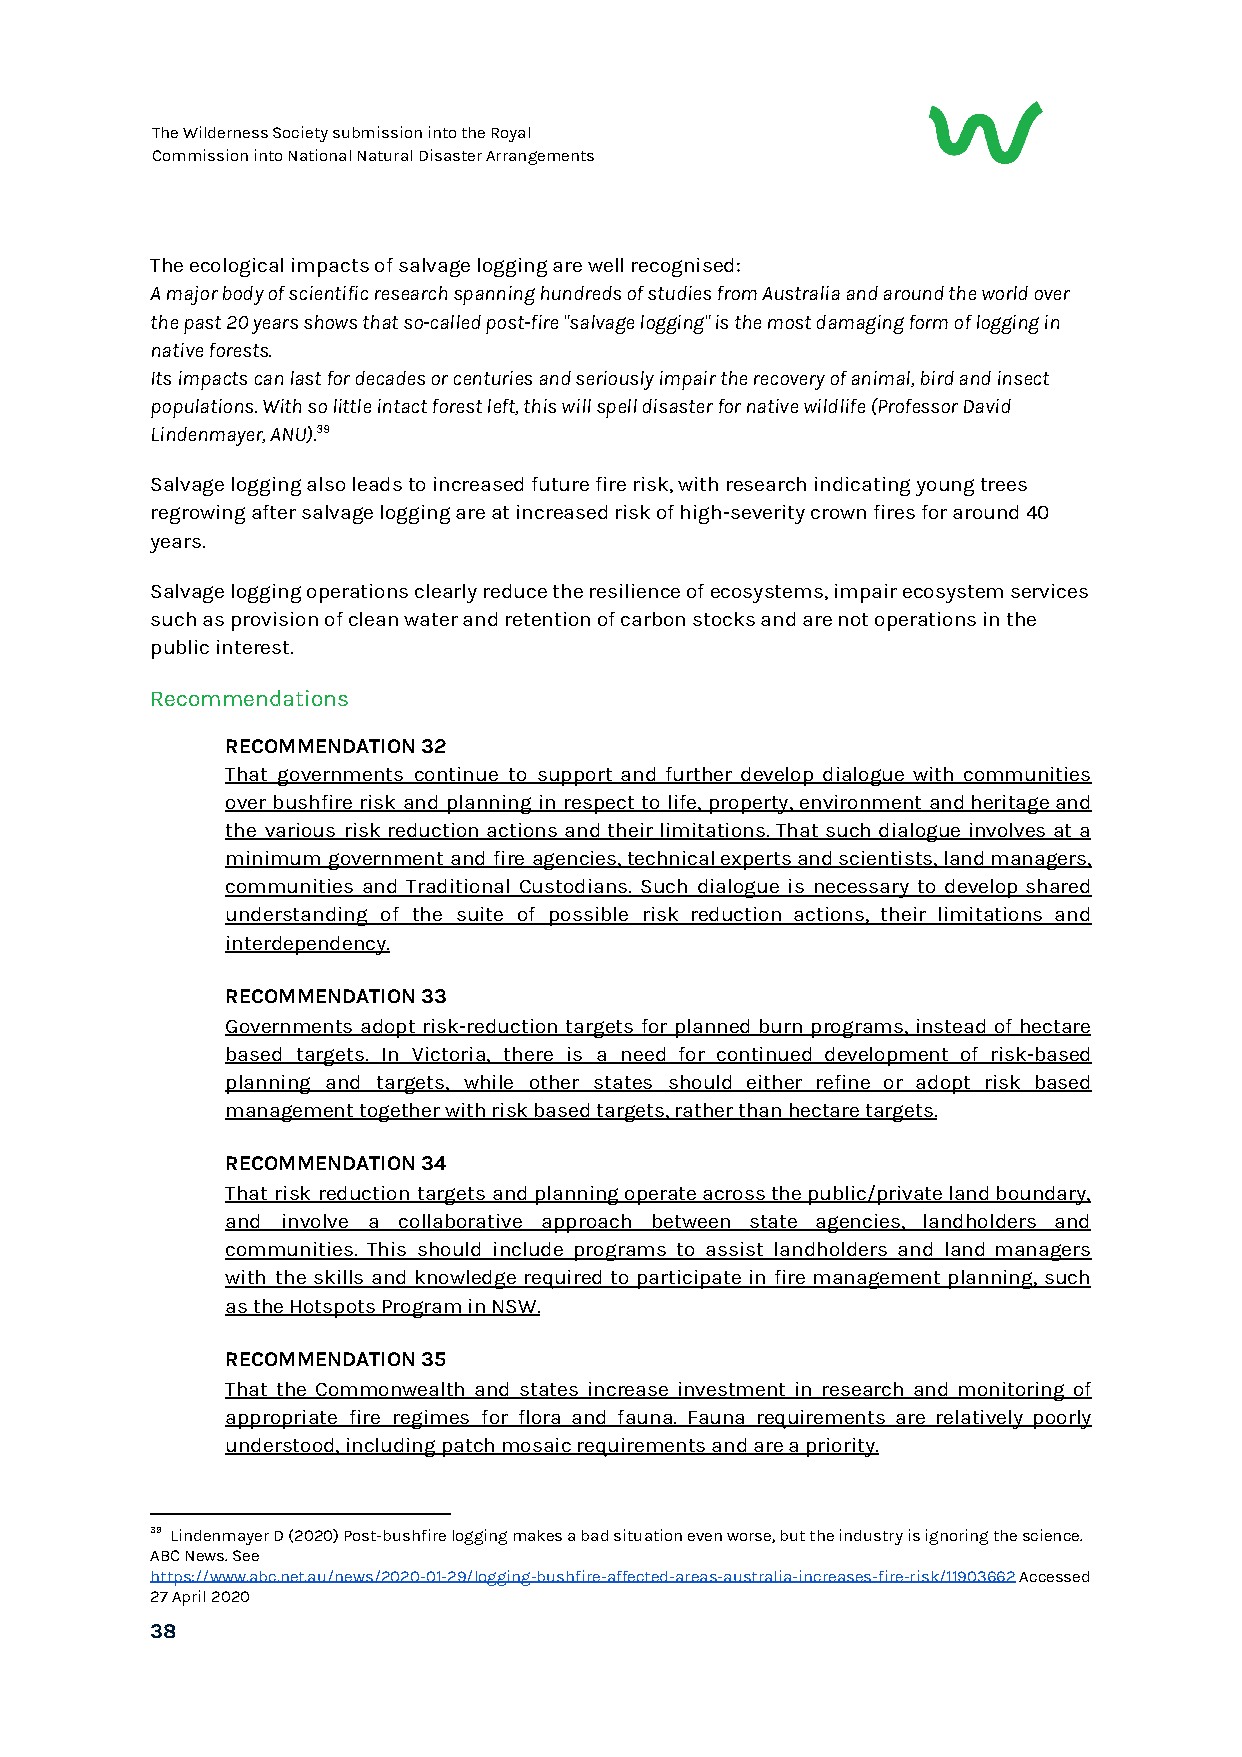
The Wilderness Society submission into the Royal
 Commission into National Natural Disaster Arrangements
 The ecological impacts of salvage logging are well recognised:
 A major body of scientific research spanning hundreds of studies from Australia and around the world over
 the past 20 years shows that so-called post-fire "salvage logging" is the most damaging form of logging in
 native forests.
 Its impacts can last for decades or centuries and seriously impair the recovery of animal, bird and insect
 populations. With so little intact forest left, this will spell disaster for native wildlife (Professor David
 Lindenmayer, ANU).39
 Salvage logging also leads to increased future fire risk, with research indicating young trees
 regrowing after salvage logging are at increased risk of high-severity crown fires for around 40
 years.
 Salvage logging operations clearly reduce the resilience of ecosystems, impair ecosystem services
 such as provision of clean water and retention of carbon stocks and are not operations in the
 public interest.
 Recommendations
 RECOMMENDATION 32
 That governments continue to support and further develop dialogue with communities
 over bushfire risk and planning in respect to life, property, environment and heritage and
 the various risk reduction actions and their limitations. That such dialogue involves at a
 minimum government and fire agencies, technical experts and scientists, land managers,
 communities and Traditional Custodians. Such dialogue is necessary to develop shared
 understanding of the suite of possible risk reduction actions, their limitations and
 interdependency.
 RECOMMENDATION 33
 Governments adopt risk-reduction targets for planned burn programs, instead of hectare
 based targets. In Victoria, there is a need for continued development of risk-based
 planning and targets, while other states should either refine or adopt risk based
 management together with risk based targets, rather than hectare targets.
 RECOMMENDATION 34
 That risk reduction targets and planning operate across the public/private land boundary,
 and involve a collaborative approach between state agencies, landholders and
 communities. This should include programs to assist landholders and land managers
 with the skills and knowledge required to participate in fire management planning, such
 as the Hotspots Program in NSW.
 RECOMMENDATION 35
 That the Commonwealth and states increase investment in research and monitoring of
 appropriate fire regimes for flora and fauna. Fauna requirements are relatively poorly
 understood, including patch mosaic requirements and are a priority.
 39 Lindenmayer D (2020) Post-bushfire logging makes a bad situation even worse, but the industry is ignoring the science.
 ABC News. See
 https://www.abc.net.au/news/2020-01-29/logging-bushfire-affected-areas-australia-increases-fire-risk/11903662 Accessed
 ​
 27 April 2020
 38